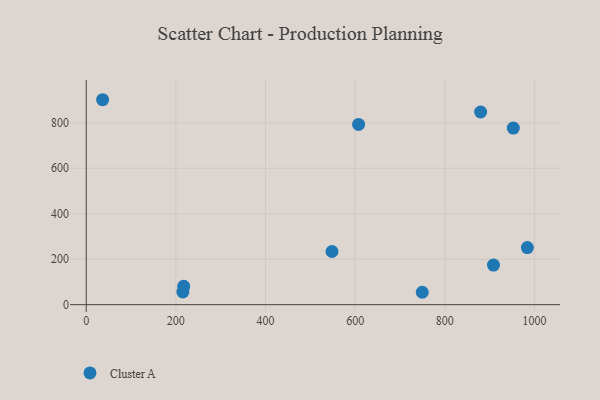
{"axis": {"x": "Distance", "y": "Fuel Efficiency"}, "legend": ["Cluster A"], "data": [{"x": "548.3", "y": 233.8, "type": "Cluster A"}, {"x": "952.9", "y": 776.8, "type": "Cluster A"}, {"x": "908.7", "y": 174.0, "type": "Cluster A"}, {"x": "36.6", "y": 901.6, "type": "Cluster A"}, {"x": "215.6", "y": 55.8, "type": "Cluster A"}, {"x": "749.8", "y": 54.5, "type": "Cluster A"}, {"x": "607.7", "y": 793.1, "type": "Cluster A"}, {"x": "880.0", "y": 847.5, "type": "Cluster A"}, {"x": "217.5", "y": 80.5, "type": "Cluster A"}, {"x": "984.3", "y": 251.3, "type": "Cluster A"}]}